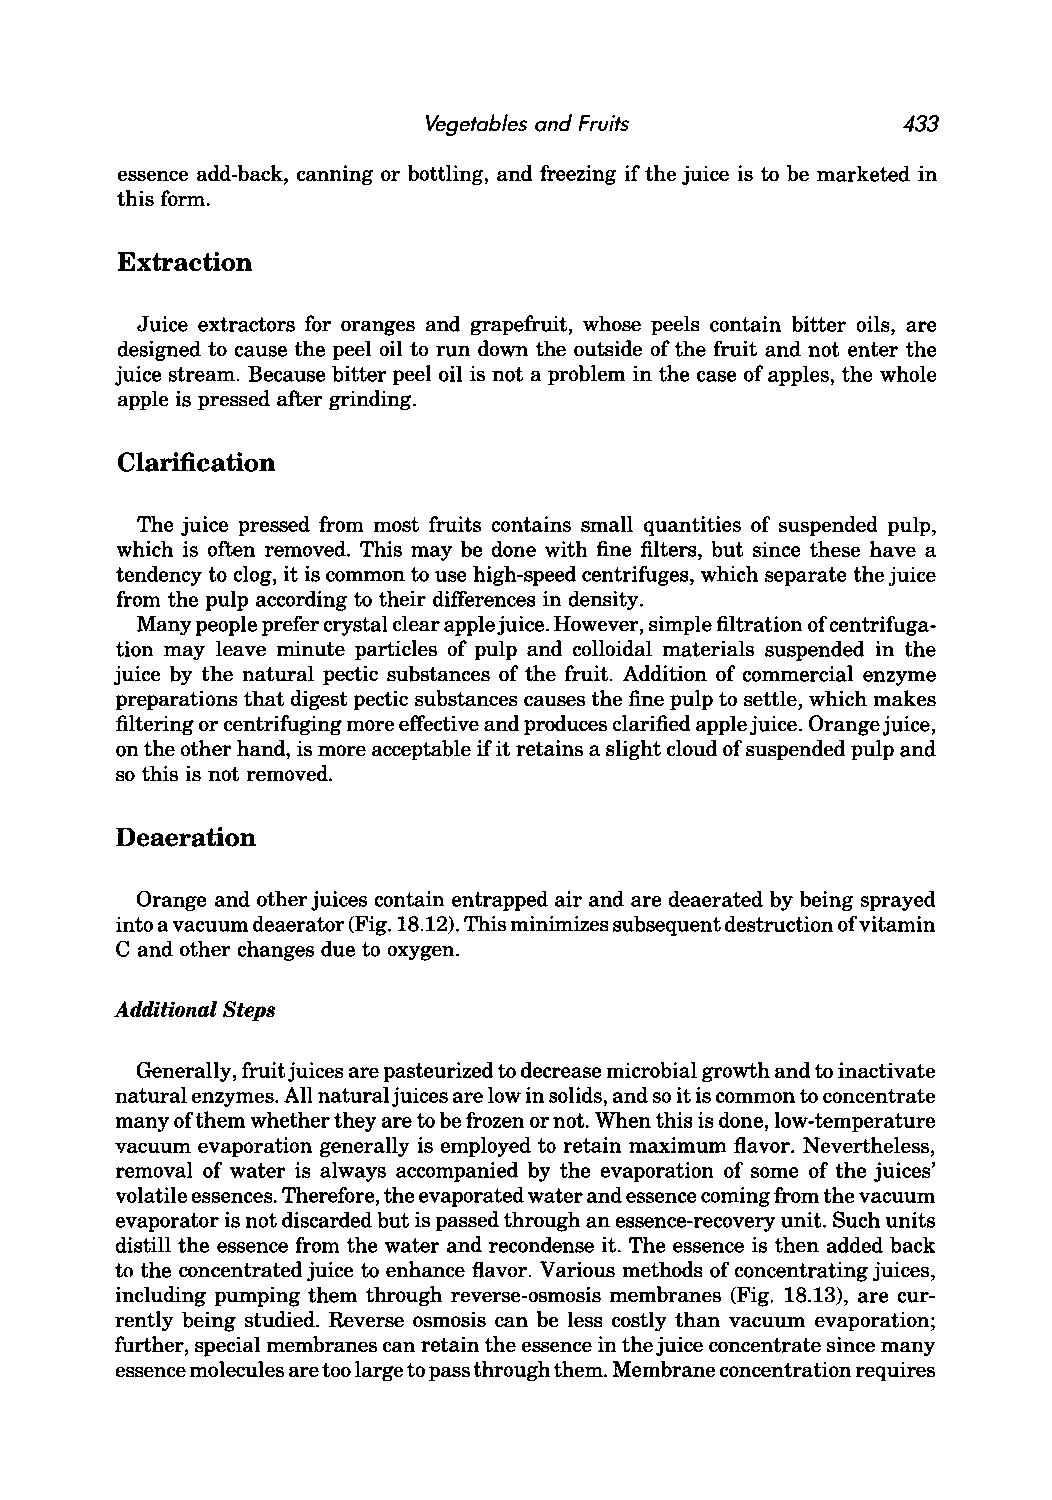
Vegetables and Fruits           433
 essence add-back, canning or bottling, and freezing if the juice is to be marketed in
 this form.
 Extraction
 Juice extractors for oranges and grapefruit, whose peels contain bitter oils, are
 designed to cause the peel oil to run down the outside of the fruit and not enter the
 juice stream. Because bitter peel oil is not a problem in the case of apples, the whole
 apple is pressed after grinding.
 Clarification
 The juice pressed from most fruits contains small quantities of suspended pulp,
 which is often removed. This may be done with fine filters, but since these have a
 tendency to clog, it is common to use high-speed centrifuges, which separate the juice
 from the pulp according to their differences in density.
 Many people prefer crystal clear apple juice. However, simple filtration of centrifuga
 tion may leave minute particles of pulp and colloidal materials suspended in the
 juice by the natural pectic substances of the fruit. Addition of commercial enzyme
 preparations that digest pectic substances causes the fine pulp to settle, which makes
 filtering or centrifuging more effective and produces clarified apple juice. Orange juice,
 on the other hand, is more acceptable ifit retains a slight cloud of suspended pulp and
 so this is not removed.
 Deaeration
 Orange and other juices contain entrapped air and are deaerated by being sprayed
 into a vacuum de aerator (Fig. 18.12). This minimizes subsequent destruction of vitamin
 C and other changes due to oxygen.
 Additional Steps
 Generally, fruit juices are pasteurized to decrease microbial growth and to inactivate
 natural enzymes. All natural juices are low in solids, and so it is common to concentrate
 many ofthem whether they are to be frozen or not. When this is done, low-temperature
 vacuum evaporation generally is employed to retain maximum flavor. Nevertheless,
 removal of water is always accompanied by the evaporation of some of the juices'
 volatile essences. Therefore, the evaporated water and essence coming from the vacuum
 evaporator is not discarded but is passed through an essence-recovery unit. Such units
 distill the essence from the water and recondense it. The essence is then added back
 to the concentrated juice to enhance flavor. Various methods of concentrating juices,
 including pumping them through reverse-osmosis membranes (Fig. 18.13), are cur
 rently being studied. Reverse osmosis can be less costly than vacuum evaporation;
 further, special membranes can retain the essence in the juice concentrate since many
 essence molecules are too large to pass through them. Membrane concentration requires